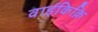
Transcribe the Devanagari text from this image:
वाईकिक़ि